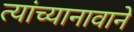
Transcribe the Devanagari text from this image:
त्यांच्यानावाने